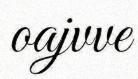
oajvve